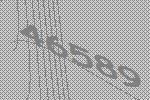
46589